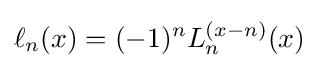
\ell _{n}(x)=(-1)^{n}L_{n}^{(x-n)}(x)